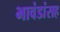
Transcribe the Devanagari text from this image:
भावंडांसह